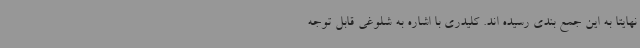
نهایتا به این جمع بندی رسیده اند. کلیدری با اشاره به شلوغی قابل توجه